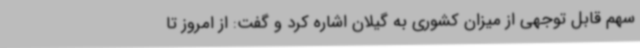
سهم قابل توجهی از میزان کشوری به گیلان اشاره کرد و گفت: از امروز تا